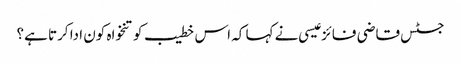
جسٹس قاضی فائز عیسی نے کہا کہ اس خطیب کو تنخواہ کون ادا کرتا ہے؟